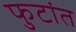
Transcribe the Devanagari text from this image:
फुटांत